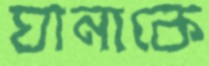
ঘানাকে